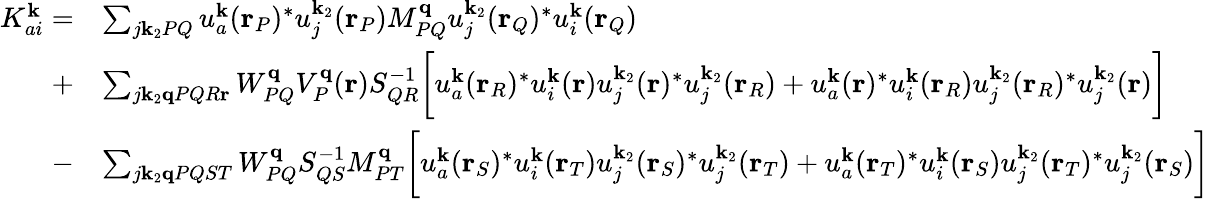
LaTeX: \begin{array}{rl}{K_{ai}^{\mathbf{k}}=}&{\sum_{j\mathbf{k}_{2}PQ}u_{a}^{\mathbf{k}}(\mathbf{r}_{P})^{*}u_{j}^{\mathbf{k}_{2}}(\mathbf{r}_{P})M_{PQ}^{\mathbf{q}}u_{j}^{\mathbf{k}_{2}}(\mathbf{r}_{Q})^{*}u_{i}^{\mathbf{k}}(\mathbf{r}_{Q})}\\ {+}&{\sum_{j\mathbf{k}_{2}\mathbf{q}PQR\mathbf{r}}W_{PQ}^{\mathbf{q}}V_{P}^{\mathbf{q}}(\mathbf{r})S_{QR}^{-1}\bigg[u_{a}^{\mathbf{k}}(\mathbf{r}_{R})^{*}u_{i}^{\mathbf{k}}(\mathbf{r})u_{j}^{\mathbf{k}_{2}}(\mathbf{r})^{*}u_{j}^{\mathbf{k}_{2}}(\mathbf{r}_{R})+u_{a}^{\mathbf{k}}(\mathbf{r})^{*}u_{i}^{\mathbf{k}}(\mathbf{r}_{R})u_{j}^{\mathbf{k}_{2}}(\mathbf{r}_{R})^{*}u_{j}^{\mathbf{k}_{2}}(\mathbf{r})\bigg]}\\ {-}&{\sum_{j\mathbf{k}_{2}\mathbf{q}PQST}W_{PQ}^{\mathbf{q}}S_{QS}^{-1}M_{PT}^{\mathbf{q}}\bigg[u_{a}^{\mathbf{k}}(\mathbf{r}_{S})^{*}u_{i}^{\mathbf{k}}(\mathbf{r}_{T})u_{j}^{\mathbf{k}_{2}}(\mathbf{r}_{S})^{*}u_{j}^{\mathbf{k}_{2}}(\mathbf{r}_{T})+u_{a}^{\mathbf{k}}(\mathbf{r}_{T})^{*}u_{i}^{\mathbf{k}}(\mathbf{r}_{S})u_{j}^{\mathbf{k}_{2}}(\mathbf{r}_{T})^{*}u_{j}^{\mathbf{k}_{2}}(\mathbf{r}_{S})\bigg]}\end{array}